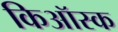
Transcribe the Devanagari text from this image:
किऑस्क